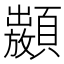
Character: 𩕣